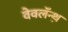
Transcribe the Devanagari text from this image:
वेवलॅन्थ़